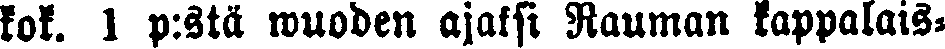
kok. 1 p:stä wuoden ajaksi Rauman kappalais-